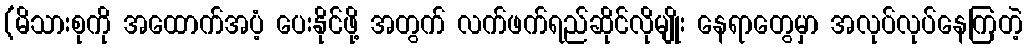
(မိသားစုကို အထောက်အပံ့ ပေးနိုင်ဖို့ အတွက် လက်ဖက်ရည်ဆိုင်လိုမျိုး နေရာတွေမှာ အလုပ်လုပ်နေကြတဲ့